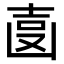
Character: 𠚓